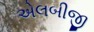
એલબીજી